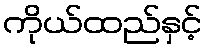
ကိုယ်ထည်နှင့်